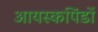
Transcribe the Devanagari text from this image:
आयस्कपिंडों